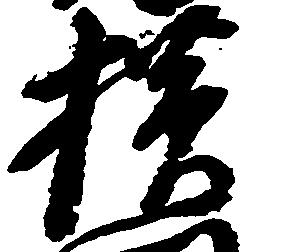
横